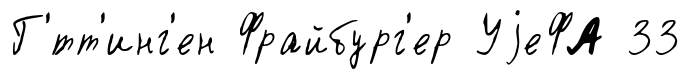
Г'́тт'инг'ен Фрайбург'ер УjеФА 33